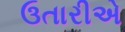
ઉતારીએ